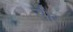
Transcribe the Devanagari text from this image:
साैर